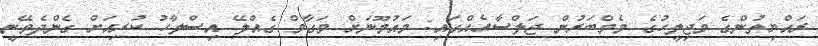
ރައްޔިތުންގެ މަޖިލީހުގެ މެމްބަރުން ޖަލްސާއެއްގައި: މައުމޫނަށް މަގާމް ގެއްލޭ އިސްލާހު ކުރިއަށް ގެންދެވޭނީ